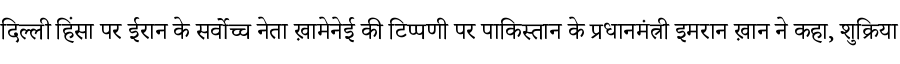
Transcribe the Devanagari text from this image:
दिल्ली हिंसा पर ईरान के सर्वोच्च नेता ख़ामेनेई की टिप्पणी पर पाकिस्तान के प्रधानमंत्री इमरान ख़ान ने कहा, शुक्रिया